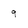
Character: 9